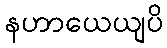
နဟာယေယျပိ